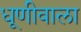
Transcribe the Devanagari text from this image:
धूणीवाला